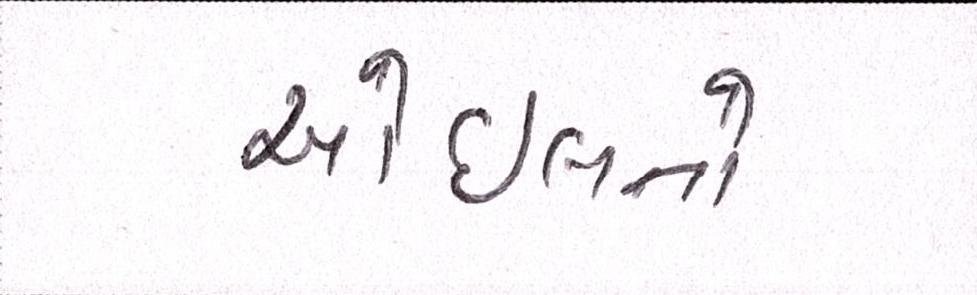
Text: ઓઇલનો